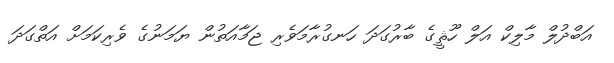
އަބްދުލް މާލިކް އަލް ހޫޘީގެ ބާރުގަދަ ހަނގުރާމަވެރި ޖަމާއަތުން ޔަމަނުގެ ވެރިކަމަށް އަތްގަދަ